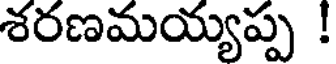
శరణమయ్యప్ప !